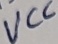
Text: VCC